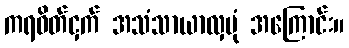
ကရဝိတ်ငှက် အသံသာယာလှပုံ အကြောင်း။